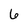
Character: 6